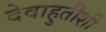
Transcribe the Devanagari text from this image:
देवाहुतीशी